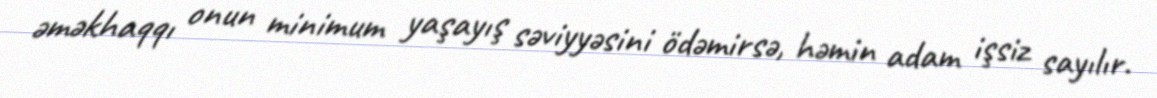
əməkhaqqı onun minimum yaşayış səviyyəsini ödəmirsə, həmin adam işsiz sayılır.